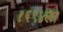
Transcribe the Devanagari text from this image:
१६९४ला